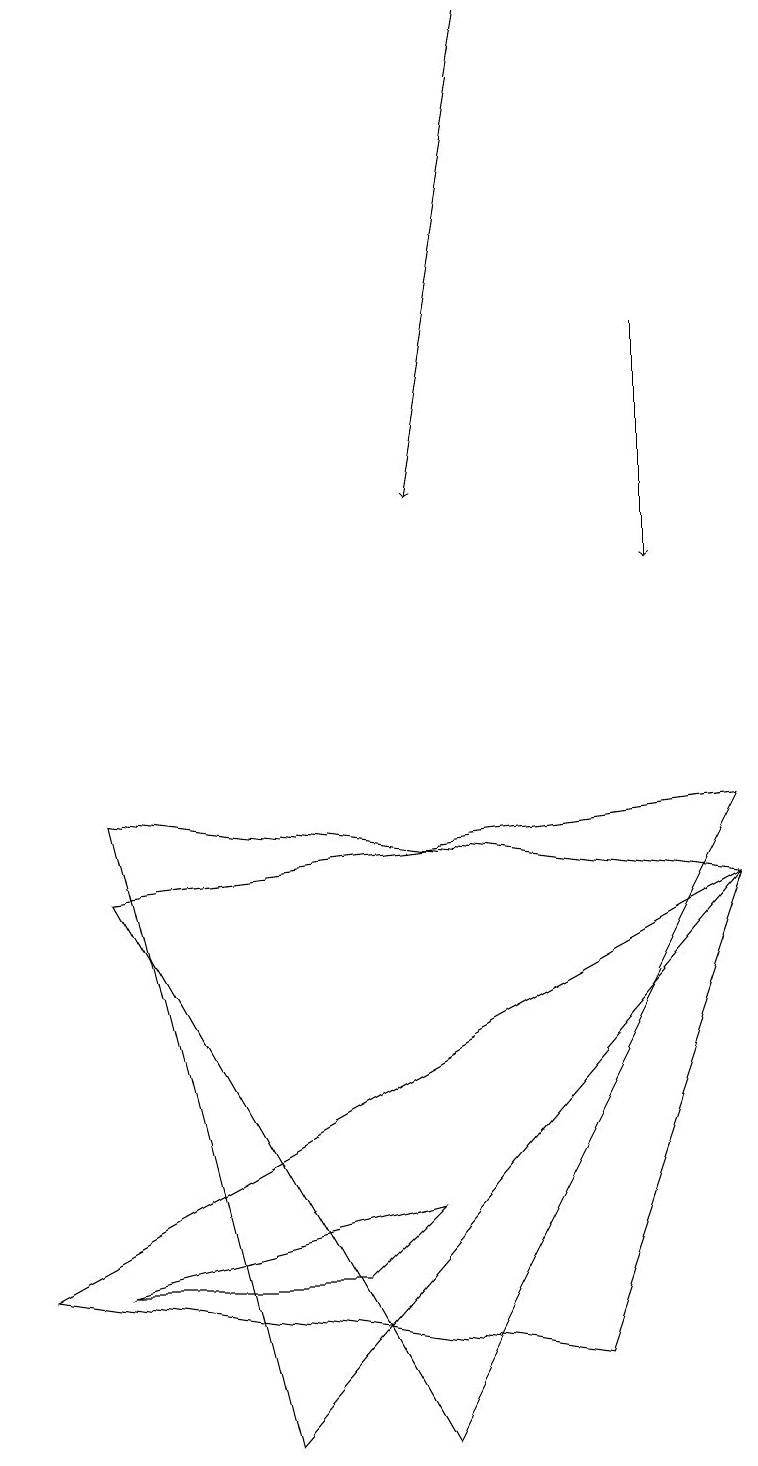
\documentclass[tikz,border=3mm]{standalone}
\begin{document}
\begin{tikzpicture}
\draw (9,8) -- (1,9) -- (3,1) -- cycle;
\draw (5,4) -- (4,3) -- (1,3) -- cycle;
\draw[->] (8,15) -- (8,12);
\draw (0,3) -- (7,2) -- (9,8) -- cycle;
\draw (1,8) -- (5,1) -- (9,9) -- cycle;
\draw[->] (6,19) -- (5,13);
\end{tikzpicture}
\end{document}